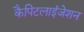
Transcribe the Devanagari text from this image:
कैपिटलाईजेशन